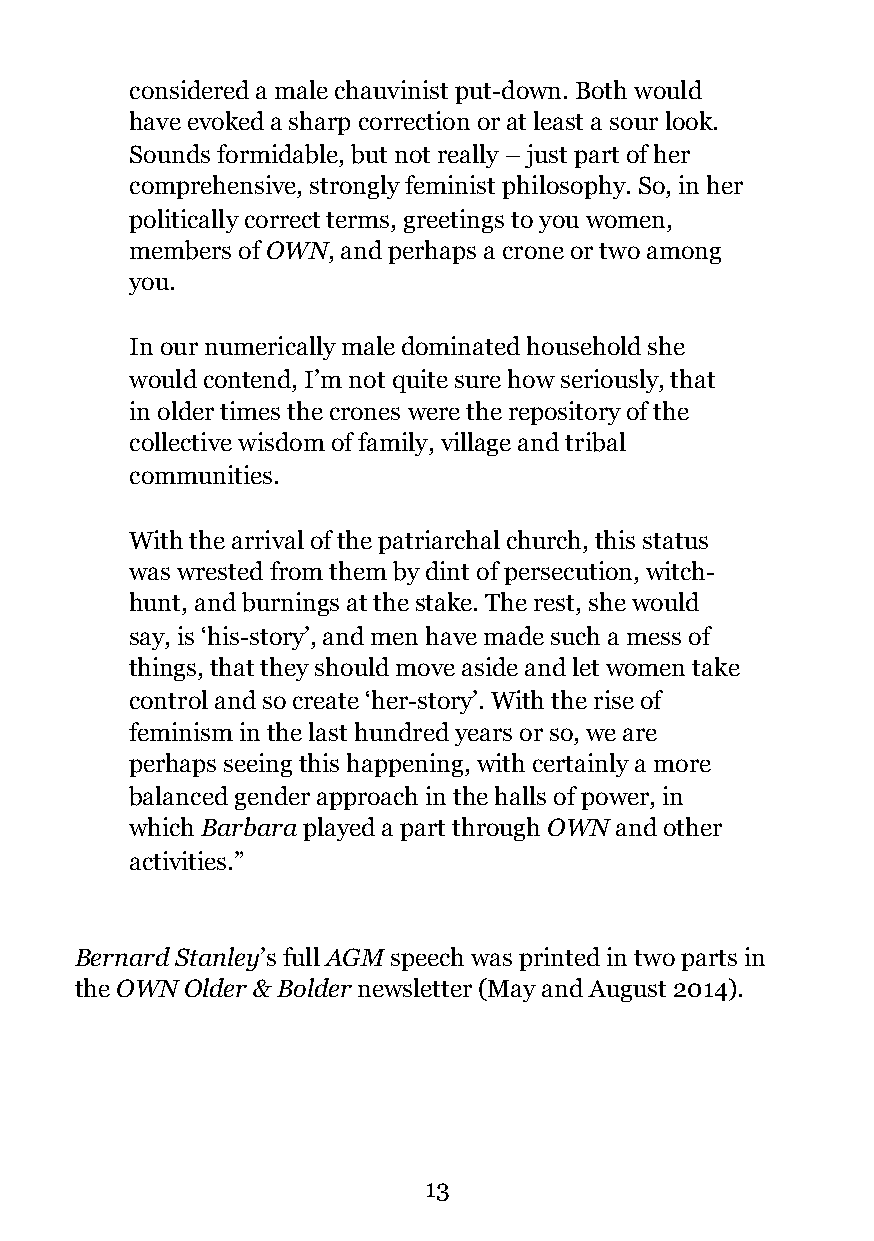
considered a male chauvinist put-down. Both would
 have evoked a sharp correction or at least a sour look.
 Sounds formidable, but not really – just part of her
 comprehensive, strongly feminist philosophy. So, in her
 politically correct terms, greetings to you women,
 members of OWN, and perhaps a crone or two among
 you.
 In our numerically male dominated household she
 would contend, I’m not quite sure how seriously, that
 in older times the crones were the repository of the
 collective wisdom of family, village and tribal
 communities.
 With the arrival of the patriarchal church, this status
 was wrested from them by dint of persecution, witch-
 hunt, and burnings at the stake. The rest, she would
 say, is ‘his-story’, and men have made such a mess of
 things, that they should move aside and let women take
 control and so create ‘her-story’. With the rise of
 feminism in the last hundred years or so, we are
 perhaps seeing this happening, with certainly a more
 balanced gender approach in the halls of power, in
 which Barbara played a part through OWN and other
 activities.”
 Bernard Stanley’s full AGM speech was printed in two parts in
 the OWN Older & Bolder newsletter (May and August 2014).
 !13